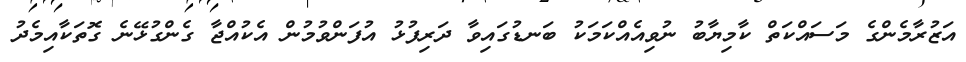
އަޒުރާމެންގެ މަސައްކަތް ކާމިޔާބު ނުވިއެއްކަމަކު ބަނޑުގައިވާ ދަރިފުޅު އުފަންވުމުން އެކުއްޖާ ގެންގުޅޭނެ ގޮތަކާއިމެދު